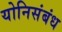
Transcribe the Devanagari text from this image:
योनिसंबंध